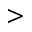
>